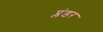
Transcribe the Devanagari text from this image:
प्लंडर